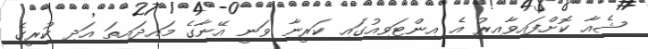
ޝެއާ ކޮށްފައިވާއިރު އެ އިންޓަވިއުގައި ކަރީނާ ވަނީ އޭނާގެ މައިދައިތަ އަދި ކުރީގެ